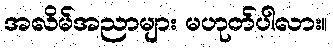
အလိမ်အညာများ မဟုတ်ပါလား။